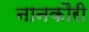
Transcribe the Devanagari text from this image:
नानकौरी